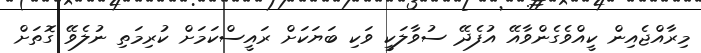
މިރާއްޖެއިން ކީއްވެގެންވާއޭ އުފެދޭ ސުވާލަކީ ވަކި ބަޔަކަށް ރައީސްކަމަށް ކުރިމަތި ނުލެވޭ ގޮތަށް